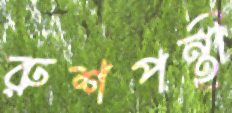
রুশপন্থী